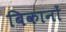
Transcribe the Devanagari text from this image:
बिकानों